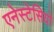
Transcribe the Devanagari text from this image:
एनेस्टेसियो